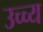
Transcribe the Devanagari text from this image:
उच्च्य